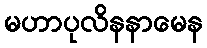
မဟာပုလိနနာမေန